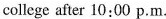
college after 10:00 p.m.